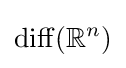
\operatorname {diff} (\mathbb {R} ^{n})